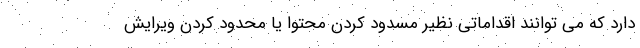
دارد که می توانند اقداماتی نظیر مسدود کردن محتوا یا محدود کردن ویرایش